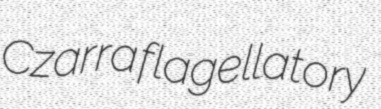
Czarra flagellatory